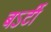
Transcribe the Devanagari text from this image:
बऽर्टी